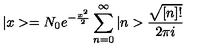
| x > = N _ { 0 } e ^ { - \frac { x ^ { 2 } } 2 } \sum _ { n = 0 } ^ { \infty } | n > \frac { \sqrt { [ n ] ! } } { 2 \pi i }